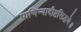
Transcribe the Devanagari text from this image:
पाणिन्यादीष्टसिद्धये॥